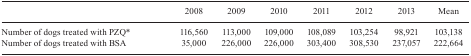
<table><thead><tr><td></td><td><b>2008</b></td><td><b>2009</b></td><td><b>2010</b></td><td><b>2011</b></td><td><b>2012</b></td><td><b>2013</b></td><td><b>Mean</b></td></tr></thead><tbody><tr><td>Number of dogs treated with PZQ*</td><td>116,560</td><td>113,000</td><td>109,000</td><td>108,089</td><td>103,254</td><td>98,921</td><td>103,138</td></tr><tr><td>Number of dogs treated with BSA</td><td>35,000</td><td>226,000</td><td>226,000</td><td>303,400</td><td>308,530</td><td>237,057</td><td>222,664</td></tr></tbody></table>